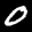
Label: 0